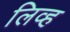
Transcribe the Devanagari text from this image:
लिव्ह